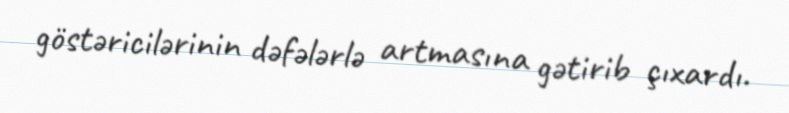
göstəricilərinin dəfələrlə artmasına gətirib çıxardı.